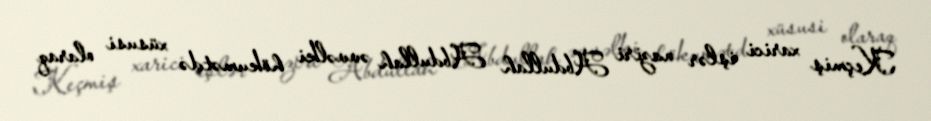
Keçmiş xarici işlər naziri Abdullah Abdullah əvvəlki hökumətdə xüsusi olaraq